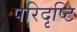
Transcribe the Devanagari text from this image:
परिदृष्टि